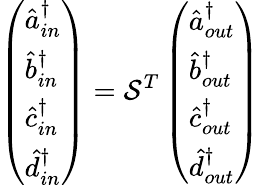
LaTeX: \left(\begin{array}{l}{\hat{a}_{in}^{\dagger}}\\ {\hat{b}_{in}^{\dagger}}\\ {\hat{c}_{in}^{\dagger}}\\ {\hat{d}_{in}^{\dagger}}\end{array}\right)=\mathcal{S}^{T}\left(\begin{array}{l}{\hat{a}_{out}^{\dagger}}\\ {\hat{b}_{out}^{\dagger}}\\ {\hat{c}_{out}^{\dagger}}\\ {\hat{d}_{out}^{\dagger}}\end{array}\right)